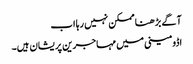
آگے بڑھنا ممکن نہیں رہا اب
اڈومینی میں مہاجرین پریشان ہیں۔